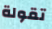
تقولة